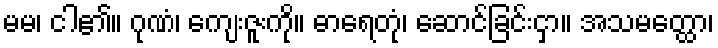
မမ၊ ငါ၏။ ဂုဏံ၊ ကျေးဇူးကို။ ဓာရေတုံ၊ ဆောင်ခြင်းငှာ။ အသမတ္ထော၊